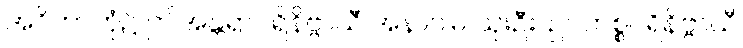
အဝိဟာဘုံ၌ ဤအန္တရာပရိနိဗ္ဗာယီ အနာဂါမ် သုးဦး၊ ဥပဟစ္စပရိနိဗ္ဗာယီ